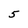
Character: 5